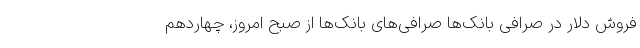
فروش دلار در صرافی بانک‌ها صرافی‌های بانک‌ها از صبح امروز، چهاردهم